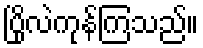
ပြိုလဲကုန်ကြသည်။